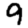
Digit: 9